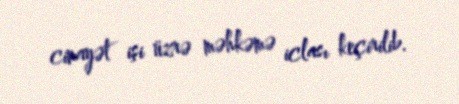
cinayət işi üzrə məhkəmə iclası keçirilib.